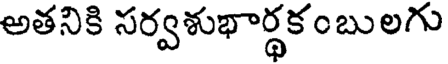
అతనికి సర్వశుభార్థకంబులగు